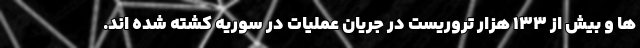
ها و بیش از ۱۳۳ هزار تروریست در جریان عملیات در سوریه کشته شده اند.